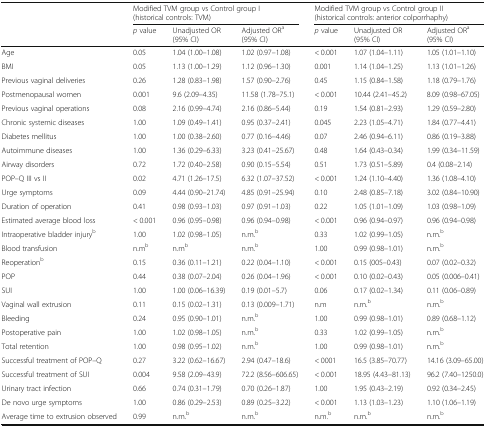
<table><thead><tr><td rowspan="2"></td><td colspan="3"><b>Modified TVM group vs Control group I (historical controls: TVM)</b></td><td colspan="3"><b>Modified TVM group vs Control group II (historical controls: anterior colporrhaphy)</b></td></tr><tr><td><b><i>p</i> value</b></td><td><b>Unadjusted OR (95% CI)</b></td><td><b>Adjusted OR<sup>a</sup> (95% CI)</b></td><td><b><i>p</i> value</b></td><td><b>Unadjusted OR (95% CI)</b></td><td><b>Adjusted OR<sup>a</sup> (95% CI)</b></td></tr></thead><tbody><tr><td>Age</td><td>0.05</td><td>1.04 (1.00–1.08)</td><td>1.02 (0.97–1.08)</td><td>&lt; 0.001</td><td>1.07 (1.04–1.11)</td><td>1.05 (1.01–1.10)</td></tr><tr><td>BMI</td><td>0.05</td><td>1.13 (1.00–1.29)</td><td>1.12 (0.96–1.30)</td><td>0.001</td><td>1.14 (1.04–1.25)</td><td>1.13 (1.01–1.26)</td></tr><tr><td>Previous vaginal deliveries</td><td>0.26</td><td>1.28 (0.83–1.98)</td><td>1.57 (0.90–2.76)</td><td>0.45</td><td>1.15 (0.84–1.58)</td><td>1.18 (0.79–1.76)</td></tr><tr><td>Postmenopausal women</td><td>0.001</td><td>9.6 (2.09–4.35)</td><td>11.58 (1.78–75.1)</td><td>&lt; 0.001</td><td>10.44 (2.41–45.2)</td><td>8.09 (0.98–67.05)</td></tr><tr><td>Previous vaginal operations</td><td>0.08</td><td>2.16 (0.99–4.74)</td><td>2.16 (0.86–5.44)</td><td>0.19</td><td>1.54 (0.81–2.93)</td><td>1.29 (0.59–2.80)</td></tr><tr><td>Chronic systemic diseases</td><td>1.00</td><td>1.09 (0.49–1.41)</td><td>0.95 (0.37–2.41)</td><td>0.045</td><td>2.23 (1.05–4.71)</td><td>1.84 (0.77–4.41)</td></tr><tr><td>Diabetes mellitus</td><td>1.00</td><td>1.00 (0.38–2.60)</td><td>0.77 (0.16–4.46)</td><td>0.07</td><td>2.46 (0.94–6.11)</td><td>0.86 (0.19–3.88)</td></tr><tr><td>Autoimmune diseases</td><td>1.00</td><td>1.36 (0.29–6.33)</td><td>3.23 (0.41–25.67)</td><td>0.48</td><td>1.64 (0.43–0.34)</td><td>1.99 (0.34–11.59)</td></tr><tr><td>Airway disorders</td><td>0.72</td><td>1.72 (0.40–2.58)</td><td>0.90 (0.15–5.54)</td><td>0.51</td><td>1.73 (0.51–5.89)</td><td>0.4 (0.08–2.14)</td></tr><tr><td>POP–Q III vs II</td><td>0.02</td><td>4.71 (1.26–17.5)</td><td>6.32 (1.07–37.52)</td><td>&lt; 0.001</td><td>1.24 (1.10–4.40)</td><td>1.36 (1.08–4.10)</td></tr><tr><td>Urge symptoms</td><td>0.09</td><td>4.44 (0.90–21.74)</td><td>4.85 (0.91–25.94)</td><td>0.10</td><td>2.48 (0.85–7.18)</td><td>3.02 (0.84–10.90)</td></tr><tr><td>Duration of operation</td><td>0.41</td><td>0.98 (0.93–1.03)</td><td>0.97 (0.91–1.03)</td><td>0.22</td><td>1.05 (1.01–1.09)</td><td>1.03 (0.98–1.09)</td></tr><tr><td>Estimated average blood loss</td><td>&lt; 0.001</td><td>0.96 (0.95–0.98)</td><td>0.96 (0.94–0.98)</td><td>&lt; 0.001</td><td>0.96 (0.94–0.97)</td><td>0.96 (0.94–0.98)</td></tr><tr><td>Intraoperative bladder injury<sup>b</sup></td><td>1.00</td><td>1.02 (0.98–1.05)</td><td>n.m.<sup>b</sup></td><td>0.33</td><td>1.02 (0.99–1.05)</td><td>n.m.<sup>b</sup></td></tr><tr><td>Blood transfusion</td><td>n.m<sup>b</sup></td><td>n.m<sup>b</sup></td><td>n.m.<sup>b</sup></td><td>1.00</td><td>0.99 (0.98–1.01)</td><td>n.m.<sup>b</sup></td></tr><tr><td>Reoperation<sup>b</sup></td><td>0.15</td><td>0.36 (0.11–1.21)</td><td>0.22 (0.04–1.10)</td><td>&lt; 0.001</td><td>0.15 (005–0.43)</td><td>0.07 (0.02–0.32)</td></tr><tr><td>POP</td><td>0.44</td><td>0.38 (0.07–2.04)</td><td>0.26 (0.04–1.96)</td><td>&lt; 0.001</td><td>0.10 (0.02–0.43)</td><td>0.05 (0.006–0.41)</td></tr><tr><td>SUI</td><td>1.00</td><td>1.00 (0.06–16.39)</td><td>0.19 (0.01–5.7)</td><td>0.06</td><td>0.17 (0.02–1.34)</td><td>0.11 (0.06–0.89)</td></tr><tr><td>Vaginal wall extrusion</td><td>0.11</td><td>0.15 (0.02–1.31)</td><td>0.13 (0.009–1.71)</td><td>n.m</td><td>n.m.<sup>b</sup></td><td>n.m.<sup>b</sup></td></tr><tr><td>Bleeding</td><td>0.24</td><td>0.95 (0.90–1.01)</td><td>n.m.<sup>b</sup></td><td>1.00</td><td>0.99 (0.98–1.01)</td><td>0.89 (0.68–1.12)</td></tr><tr><td>Postoperative pain</td><td>1.00</td><td>1.02 (0.98–1.05)</td><td>n.m.<sup>b</sup></td><td>0.33</td><td>1.02 (0.99–1.05)</td><td>n.m.<sup>b</sup></td></tr><tr><td>Total retention</td><td>1.00</td><td>0.98 (0.95–1.02)</td><td>n.m.<sup>b</sup></td><td>1.00</td><td>0.99 (0.98–1.01)</td><td>n.m.<sup>b</sup></td></tr><tr><td>Successful treatment of POP–Q</td><td>0.27</td><td>3.22 (0.62–16.67)</td><td>2.94 (0.47–18.6)</td><td>&lt; 0001</td><td>16.5 (3.85–70.77)</td><td>14.16 (3.09–65.00)</td></tr><tr><td>Successful treatment of SUI</td><td>0.004</td><td>9.58 (2.09–43.9)</td><td>72.2 (8.56–606.65)</td><td>&lt; 0.001</td><td>18.95 (4.43–81.13)</td><td>96.2 (7.40–1250.0)</td></tr><tr><td>Urinary tract infection</td><td>0.66</td><td>0.74 (0.31–1.79)</td><td>0.70 (0.26–1.87)</td><td>1.00</td><td>1.95 (0.43–2.19)</td><td>0.92 (0.34–2.45)</td></tr><tr><td>De novo urge symptoms</td><td>1.00</td><td>0.86 (0.29–2.53)</td><td>0.89 (0.25–3.22)</td><td>&lt; 0.001</td><td>1.13 (1.03–1.23)</td><td>1.10 (1.06–1.19)</td></tr><tr><td>Average time to extrusion observed</td><td>0.99</td><td>n.m.<sup>b</sup></td><td>n.m.<sup>b</sup></td><td>n.m.<sup>b</sup></td><td>n.m.<sup>b</sup></td><td>n.m.<sup>b</sup></td></tr></tbody></table>